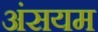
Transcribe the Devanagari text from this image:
अंसयम